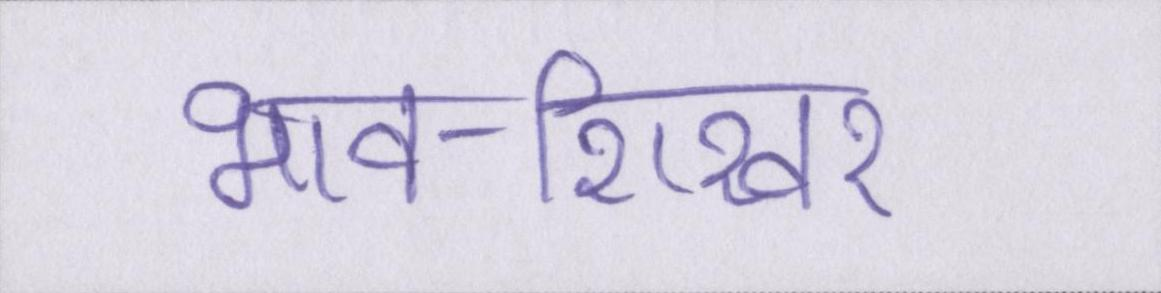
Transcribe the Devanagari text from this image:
भाव-शिखर